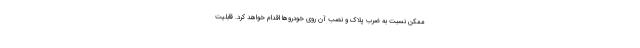
ممکن نسبت به ضرب پلاک و نصب آن روی خودروها اقدام خواهد کرد. قابلیت